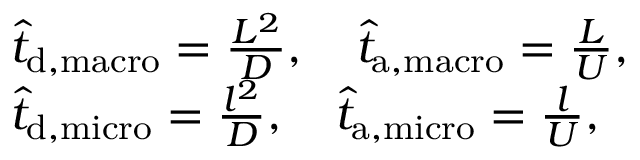
\begin{array} { r l } & { \hat { t } _ { \tiny { \mathrm { d , m a c r o } } } = \frac { L ^ { 2 } } { D } , \quad \hat { t } _ { \tiny { \mathrm { a , m a c r o } } } = \frac { L } { U } , } \\ & { \hat { t } _ { \tiny { \mathrm { d , m i c r o } } } = \frac { l ^ { 2 } } { D } , \quad \hat { t } _ { \tiny { \mathrm { a , m i c r o } } } = \frac { l } { U } , } \end{array}